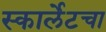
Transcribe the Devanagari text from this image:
स्कार्लेटचा